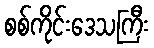
စစ်ကိုင်းဒေသကြီး